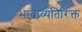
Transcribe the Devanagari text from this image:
भाताव्यतिरिक्त